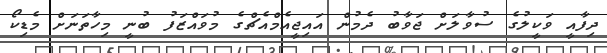
ދިފާއީ ވަކީލުގެ ސުވާލަށް ޖަވާބު ދެމުން އައިޖީއެމްއެޗްގެ މުވައްޒަފު ބުނީ މިހާތަނަށް މެޑިކޯ